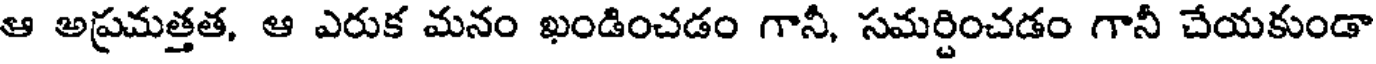
ఆ అప్రమత్తత, ఆ ఎరుక మనం ఖండించడం గానీ, సమర్దించడం గానీ చేయకుండా